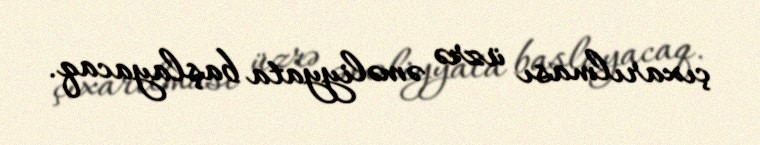
çıxarılması üzrə əməliyyata başlayacaq.